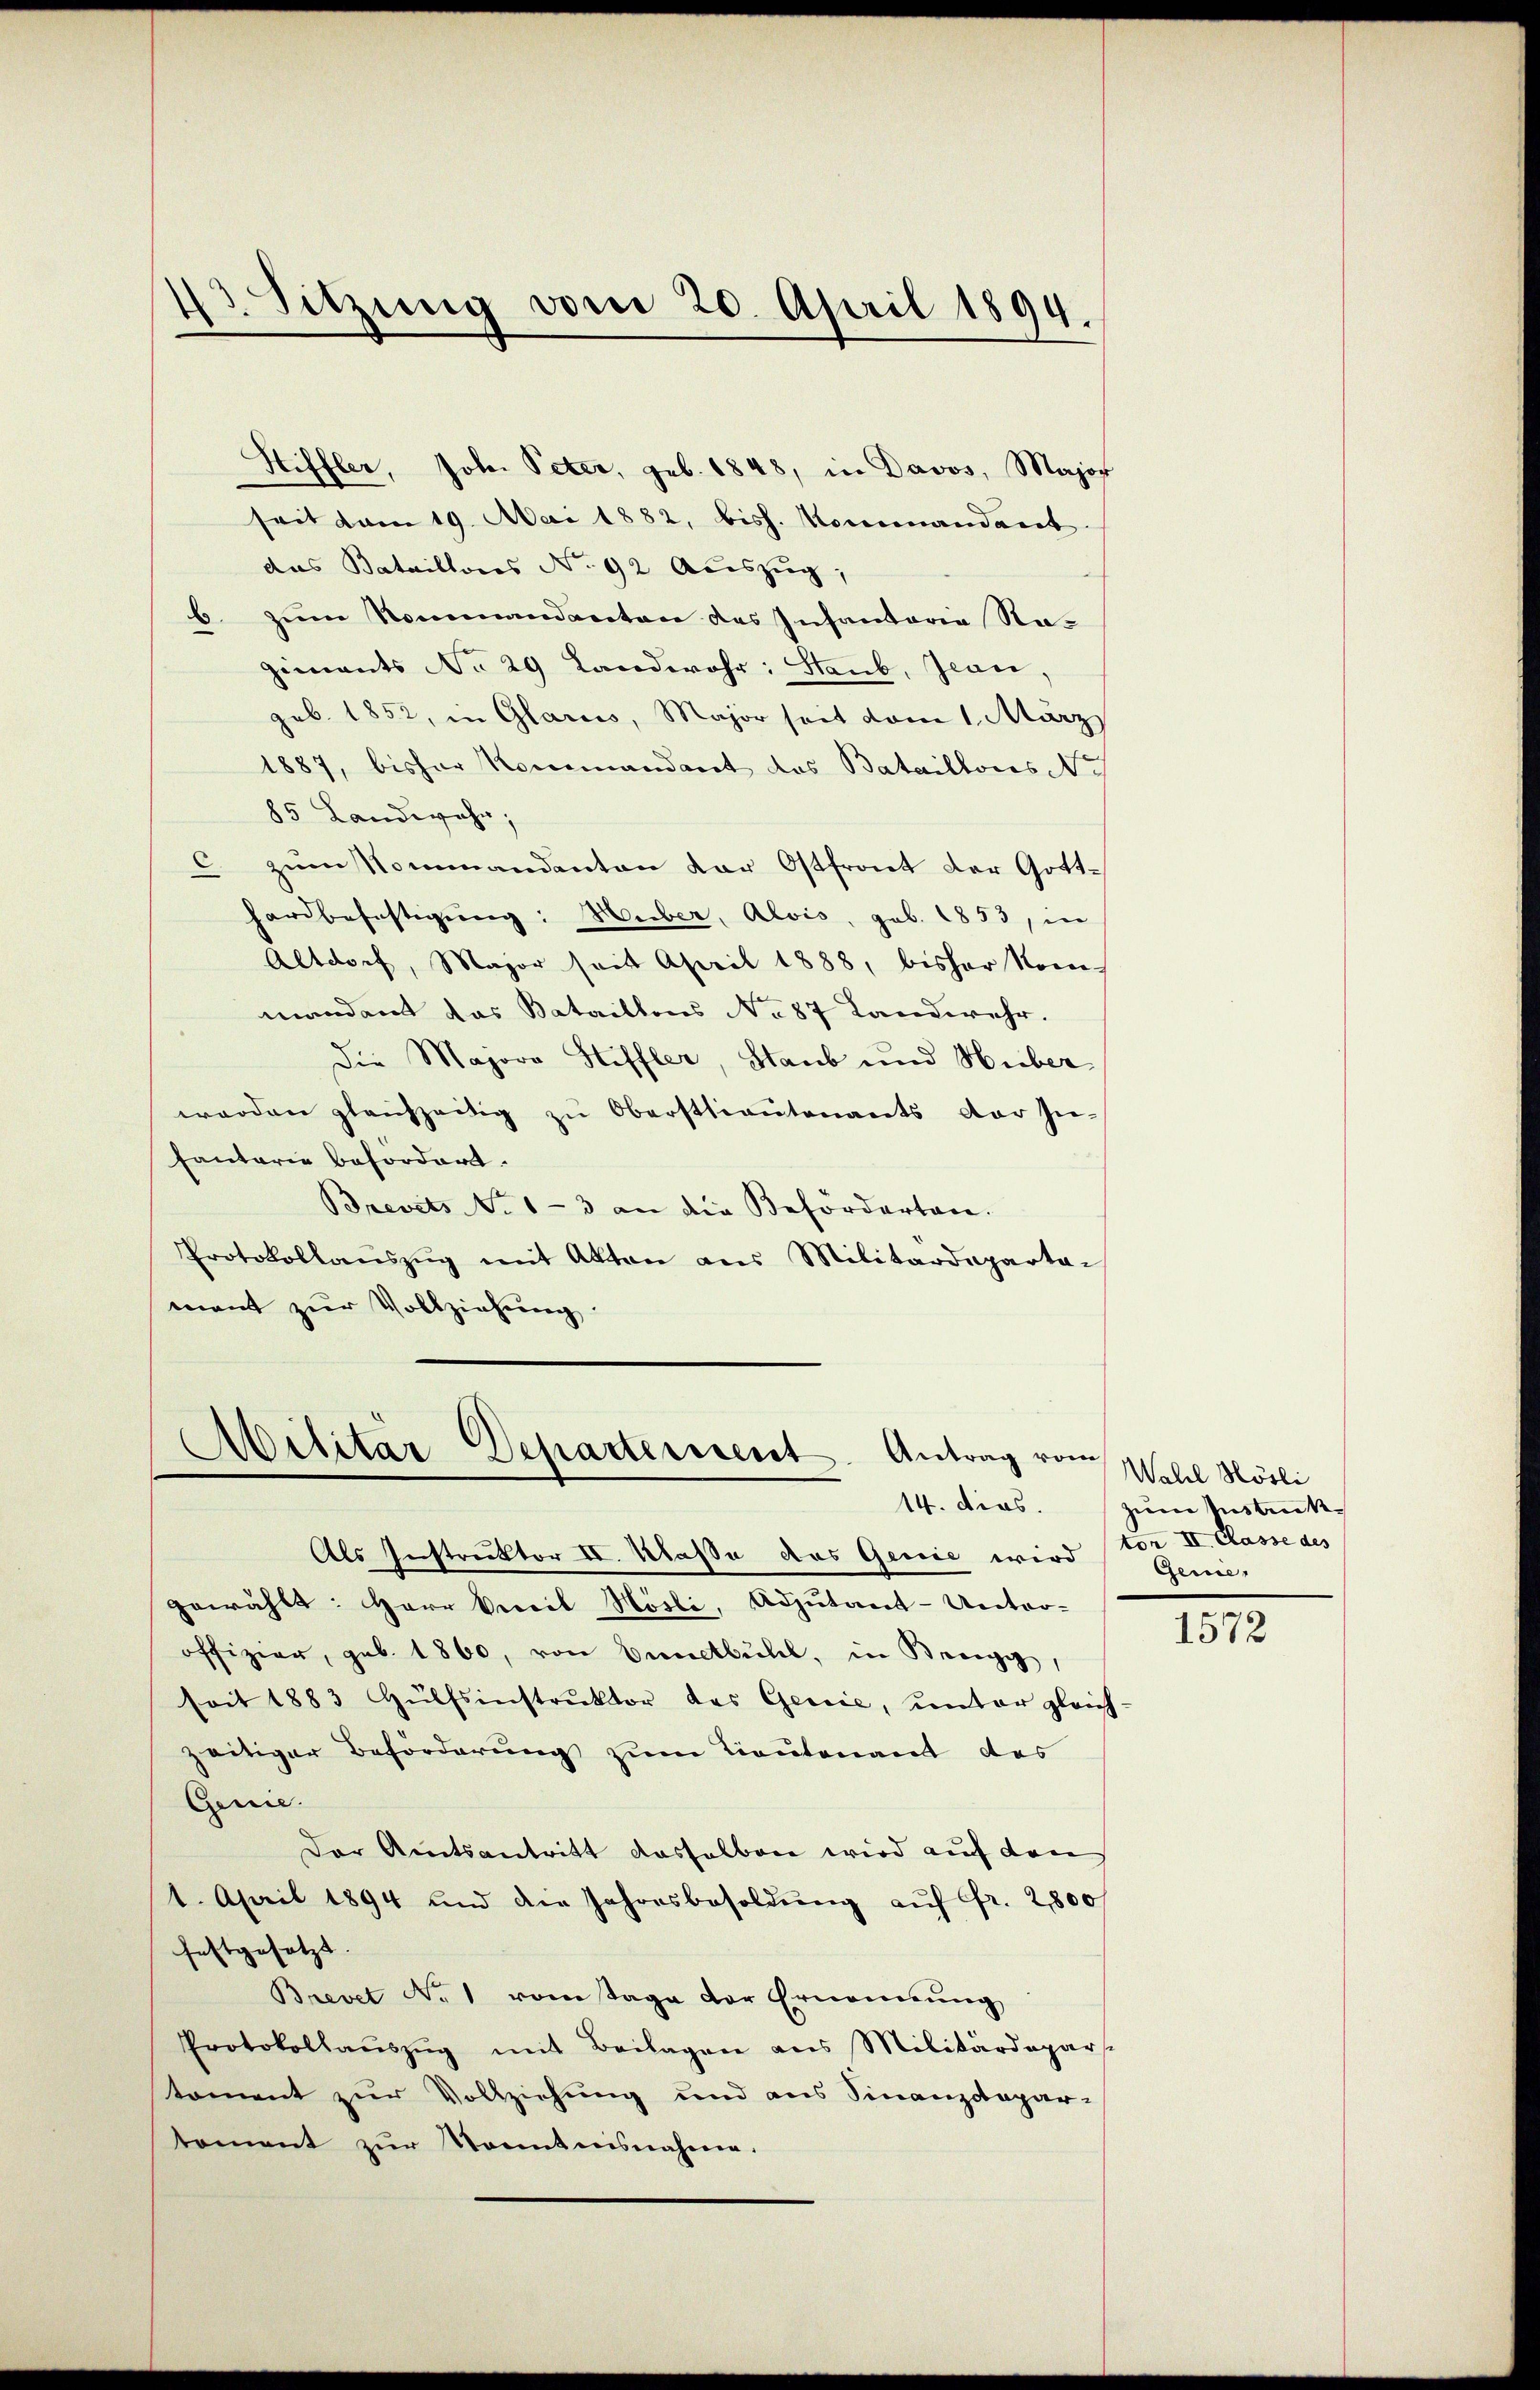
43. Sitzung vom 20. April 1894.

Hiffler, Joh. Peter, geb. 1848, in Davos, Major
seit vom 19. Mai 1882, bish. Kommandant
das Bataillons No 92 Auszug,
6. zum Rommandanten des Insantaria Na-
giments No 29 Landwehr: Staub, Jean,
geb. 1852, in Glarus, Major seit vom 1. März
1887, bisher Kommandant das Bataillons No
85. Landwehr,
c zum Kommandanten dar Ostfront der Gotthardbefestigung: Huber, Alois, geb. 1853, in
Altdorf, Major seit April 1888, bisher Nor-
mandant das Bataillons No 87 Landwehr.
Die Majora Hiffler, Staub und Huber
werden gleichzeitig zu Oberstlieutenants der In-
Pantarie befordert.
Brevets No 1-3 an die Beforderten.
Protokollanszŭg mit Akten aus Militärdeparta-
ment zŭr Vollziehung.

Militar Departerient. Antrag vom
14. dies.
Als Instruktor II. Klasse das Genie wird

gewählt: Herr Viceil Hösli, Adjutant-Unter-
offizier, geb. 1860, von Benetbühl, in Bregg,
soit 1883 Hülfsinstrŭktor des Genie, unter gleich-
zeitiger Beforderung zum Lieutenant des
Genie.
Der Amtsantritt dasselben wird auf den
1. April 1894 und die Jahresbesoldŭng aŭf Fr. 2800
festgesetzt.
Brevet Nr. 1 vom Tage der Ernennung
Protokollaŭszŭg mit Beilagen aus Militärdepar-
toment zur Vollziehung und aus Finanzdepar-
toment zŭr Kenntnisnahme.

Wahl Hösli
zum Instruk
ton II. Casse des
Geme

1572